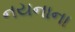
નયનાના